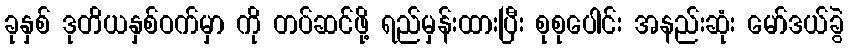
ခုနှစ် ဒုတိယနှစ်ဝက်မှာ ကို တပ်ဆင်ဖို့ ရည်မှန်းထားပြီး စုစုပေါင်း အနည်းဆုံး မော်ဒယ်ခွဲ